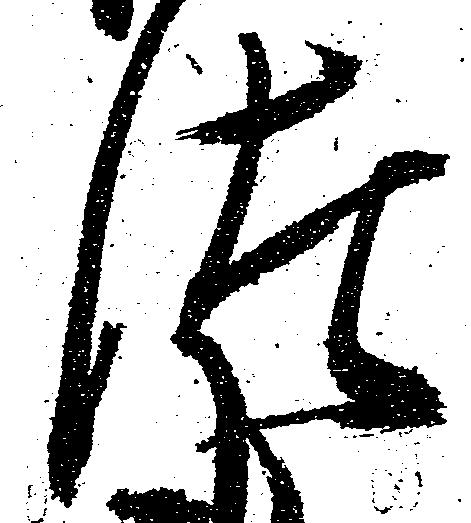
つ